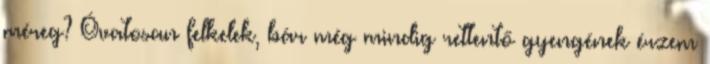
méreg? Óvatosan felkelek, bár még mindig rettentő gyengének érzem